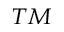
^ { T M }